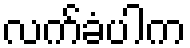
လက်ခံပါက